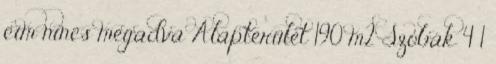
cím nincs megadva Alapterület 190 m2 Szobák 4 1